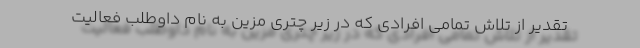
تقدیر از تلاش تمامی افرادی که در زیر چتری مزین به نام داوطلب فعالیت